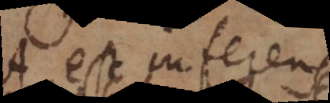
A est inferens